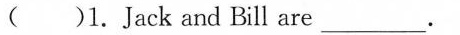
()1. Jack and Bill are___.